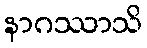
နာဂဿာသိ